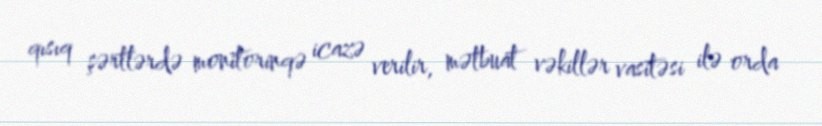
qısıq şərtlərdə monitorinqə icazə verilir, mətbuat vəkillər vasitəsi ilə orda